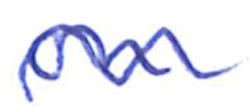
Text: on
Cross-out: wave
Writing tool: ballpoint